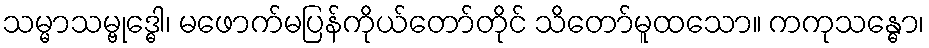
သမ္မာသမ္ဗုဒ္ဓေါ၊ မဖောက်မပြန်ကိုယ်တော်တိုင် သိတော်မူထသော။ ကကုသန္ဓော၊